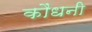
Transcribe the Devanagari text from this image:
कौंधनी